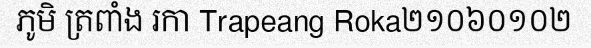
ភូមិ ត្រពាំង រកា Trapeang Roka២១០៦០១០២